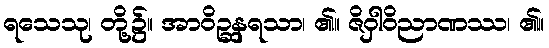
ရသေသု၊ တို့၌။ အာဝိဉ္ဆနရသာ၊ ၏။ ဇိဝှါဝိညာဏဿ၊ ၏။